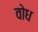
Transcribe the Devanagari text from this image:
वोध